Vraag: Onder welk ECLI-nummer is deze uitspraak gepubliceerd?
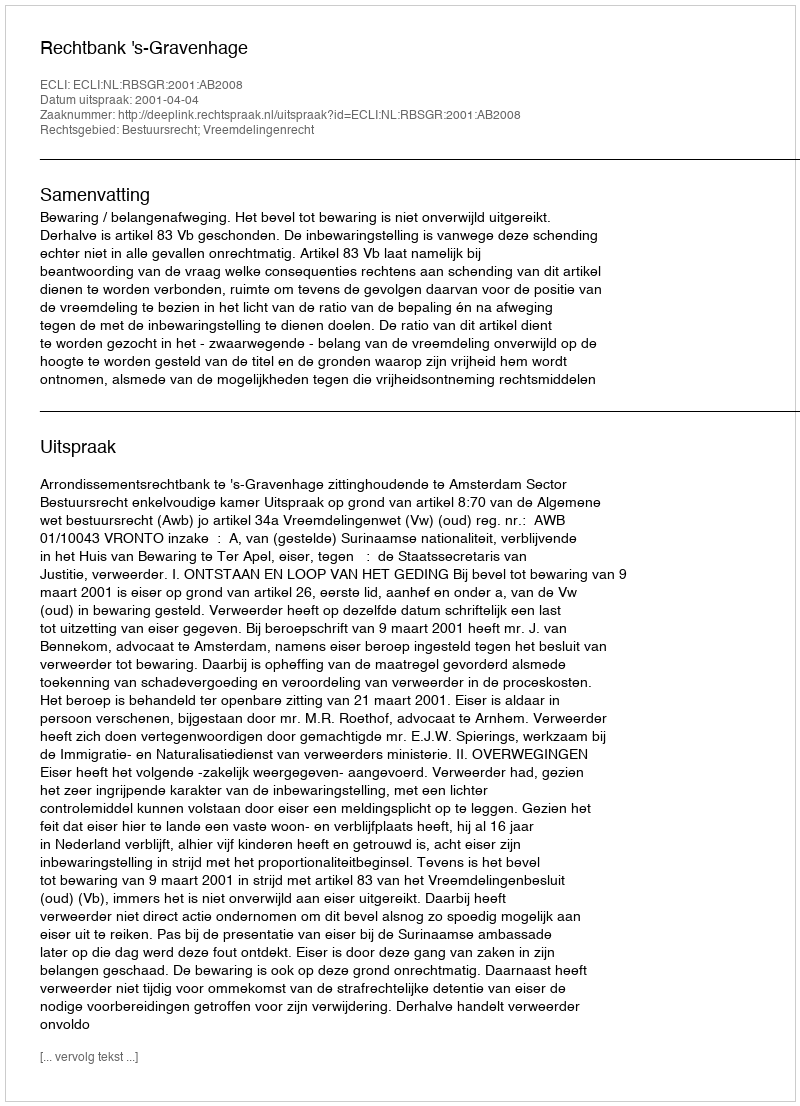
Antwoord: ECLI:NL:RBSGR:2001:AB2008